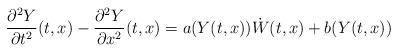
LaTeX: \begin{align*}\frac{\partial^2 Y}{\partial t^2}(t,x)-\frac{\partial^2 Y}{\partial x^2}(t,x)=a(Y(t,x))\dot{W}(t,x)+b(Y(t,x))\end{align*}